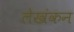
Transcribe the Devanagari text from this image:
लेखंकन